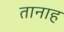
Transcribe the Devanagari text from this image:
तानाह